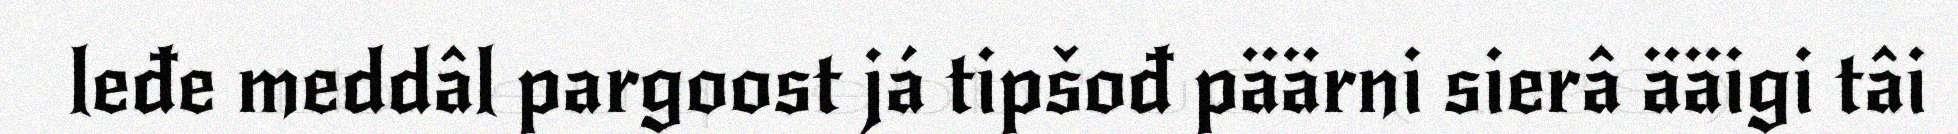
leđe meddâl pargoost já tipšođ päärni sierâ ääigi tâi